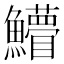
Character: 䲛